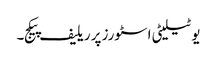
یوٹیلیٹی اسٹورز پر ریلیف پیکج۔